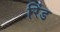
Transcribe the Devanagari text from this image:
रिंड